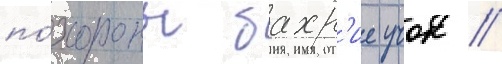
по́хороны бахр'ие учок //